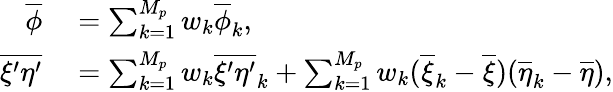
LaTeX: \begin{array}{rl}{\overline{{\phi}}}&{{}=\sum_{k=1}^{M_{p}}w_{k}\overline{{\phi}}_{k},}\\ {\overline{{\xi^{\prime}\eta^{\prime}}}}&{{}=\sum_{k=1}^{M_{p}}w_{k}\overline{{\xi^{\prime}\eta^{\prime}}}_{k}+\sum_{k=1}^{M_{p}}w_{k}(\overline{{\xi}}_{k}-\overline{{\xi}})(\overline{{\eta}}_{k}-\overline{{\eta}}),}\end{array}